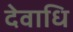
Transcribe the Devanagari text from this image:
देवाधि